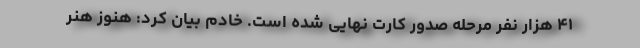
۴۱ هزار نفر مرحله صدور کارت نهایی شده است. خادم بیان کرد: هنوز هنر